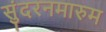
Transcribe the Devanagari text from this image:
सुंदरनमारुम